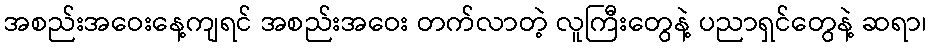
အစည်းအဝေးနေ့ကျရင် အစည်းအဝေး တက်လာတဲ့ လူကြီးတွေနဲ့ ပညာရှင်တွေနဲ့ ဆရာ၊